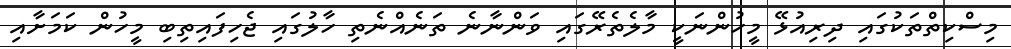
މިސްކިތްތަކުގައި ދިރިއުޅޭ މީހުންނަކީ މާލެތެރޭގައި ވަންނާނެ ތަނެއްނެތި ހާލުގައި ޖެހިފައިތިބި މީހުން ކަމަށާއި